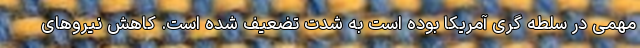
مهمی در سلطه گری آمریکا بوده است به شدت تضعیف شده است. کاهش نیرو‌های